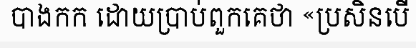
បាងកក ដោយប្រាប់ពួកគេថា «ប្រសិនបើ